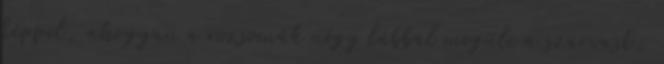
képpel, ahogyan a rozsomák négy lábbal megüli a szarvast,